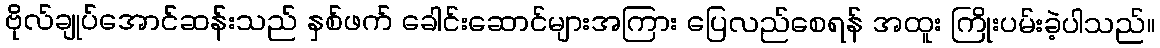
ဗိုလ်ချုပ်အောင်ဆန်းသည် နှစ်ဖက် ခေါင်းဆောင်များအကြား ပြေလည်စေရန် အထူး ကြိုးပမ်းခဲ့ပါသည်။